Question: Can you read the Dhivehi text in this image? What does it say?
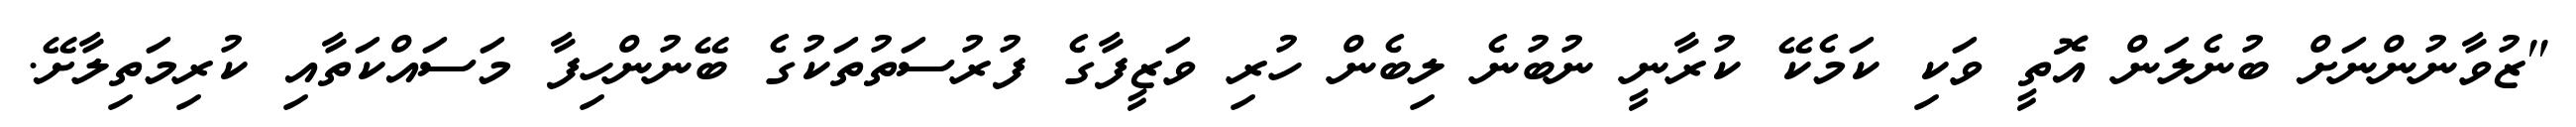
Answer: "ޒުވާނުންނަށް ބުނެލަން އޮތީ ވަކި ކަމެކޭ ކުރާނީ ނުބުނެ ލިބެން ހުރި ވަޒީފާގެ ފުރުސަތުތަކުގެ ބޭނުންހިފާ މަސައްކަތާއި ކުރިމަތިލާށޭ.